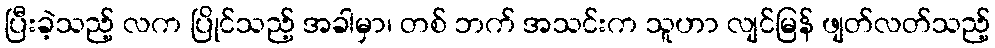
ပြီးခဲ့သည့် လက ပြိုင်သည့် အခါမှာ၊ တစ် ဘက် အသင်းက သူဟာ လျင်မြန် ဖျတ်လတ်သည့်